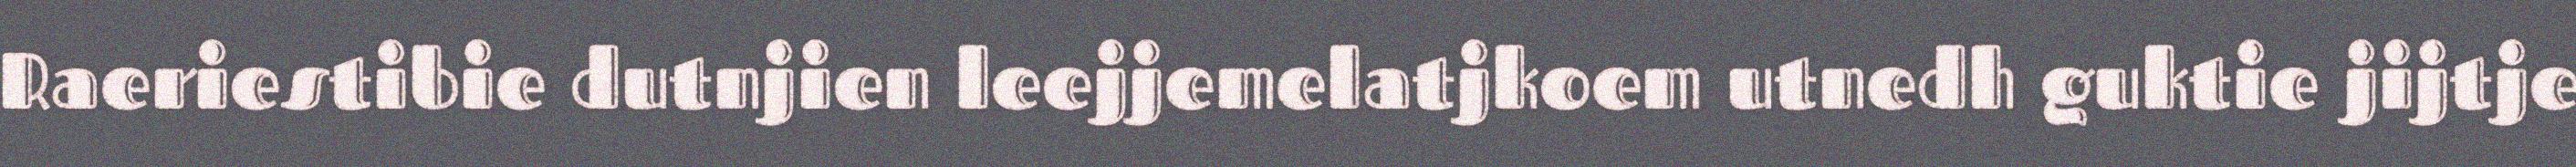
Raeriestibie dutnjien leejjemelatjkoem utnedh guktie jijtje